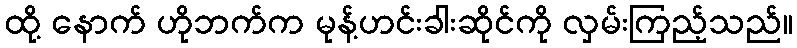
ထို့ နောက် ဟိုဘက်က မုန့်ဟင်းခါးဆိုင်ကို လှမ်းကြည့်သည်။